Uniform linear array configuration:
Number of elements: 8
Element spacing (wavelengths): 1
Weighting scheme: uniform
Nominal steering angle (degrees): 0
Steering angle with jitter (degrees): -0.8475
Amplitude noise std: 0.05
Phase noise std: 0.05

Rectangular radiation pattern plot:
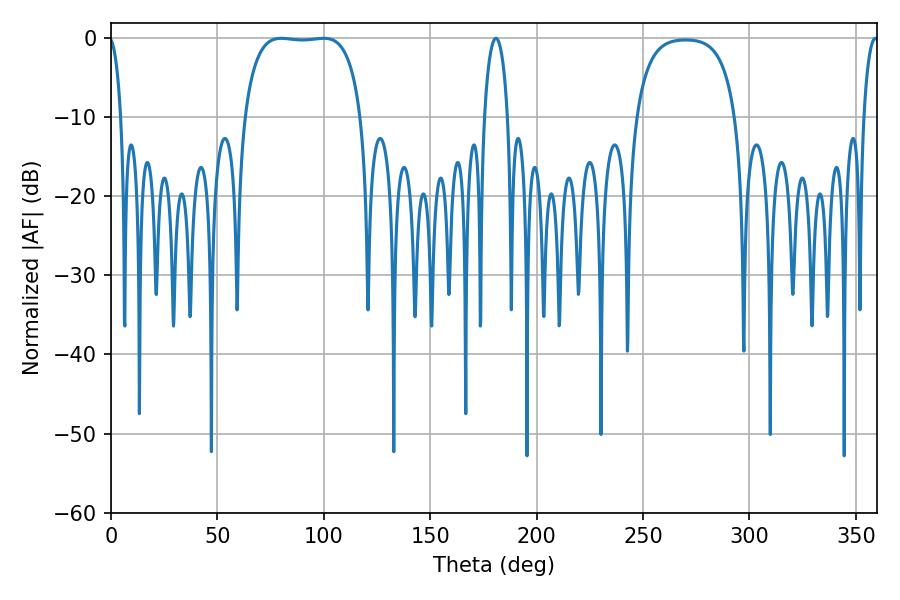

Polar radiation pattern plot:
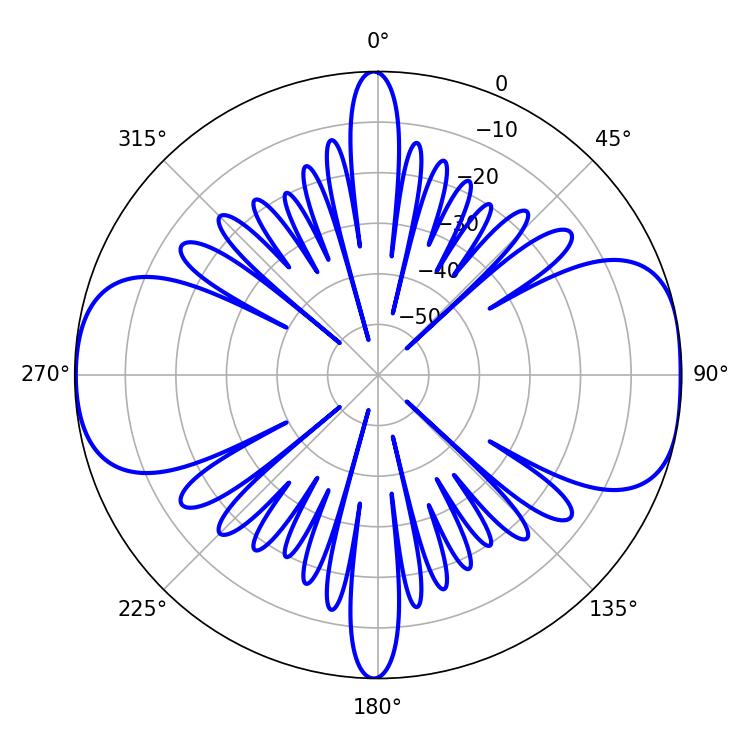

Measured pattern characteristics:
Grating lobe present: TRUE
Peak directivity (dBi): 10.283
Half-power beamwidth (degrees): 43.2
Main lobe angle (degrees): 79.92